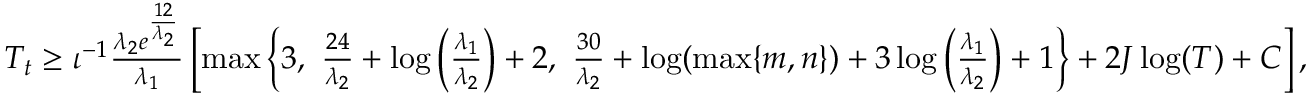
\begin{array} { r } { T _ { t } \geq \iota ^ { - 1 } \frac { \lambda _ { 2 } e ^ { \frac { 1 2 } { \lambda _ { 2 } } } } { \lambda _ { 1 } } \left[ \operatorname* { m a x } \left\{ 3 , \, \, \frac { 2 4 } { \lambda _ { 2 } } + \log \left( \frac { \lambda _ { 1 } } { \lambda _ { 2 } } \right) + 2 , \, \, \frac { 3 0 } { \lambda _ { 2 } } + \log ( \operatorname* { m a x } \{ m , n \} ) + 3 \log \left( \frac { \lambda _ { 1 } } { \lambda _ { 2 } } \right) + 1 \right\} + 2 J \log ( T ) + C \right] , } \end{array}